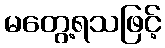
မတွေ့ရသဖြင့်